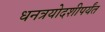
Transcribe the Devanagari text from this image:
धनत्रयोदशीपर्यंत